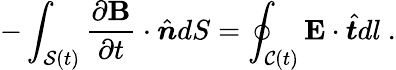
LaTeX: -\int_{\mathcal{S}(t)}\frac{\partial\mathbf{B}}{\partial t}\cdot\hat{\boldsymbol{n}}dS=\oint_{\mathcal{C}(t)}\mathbf{E}\cdot\hat{\boldsymbol{t}}dl~.